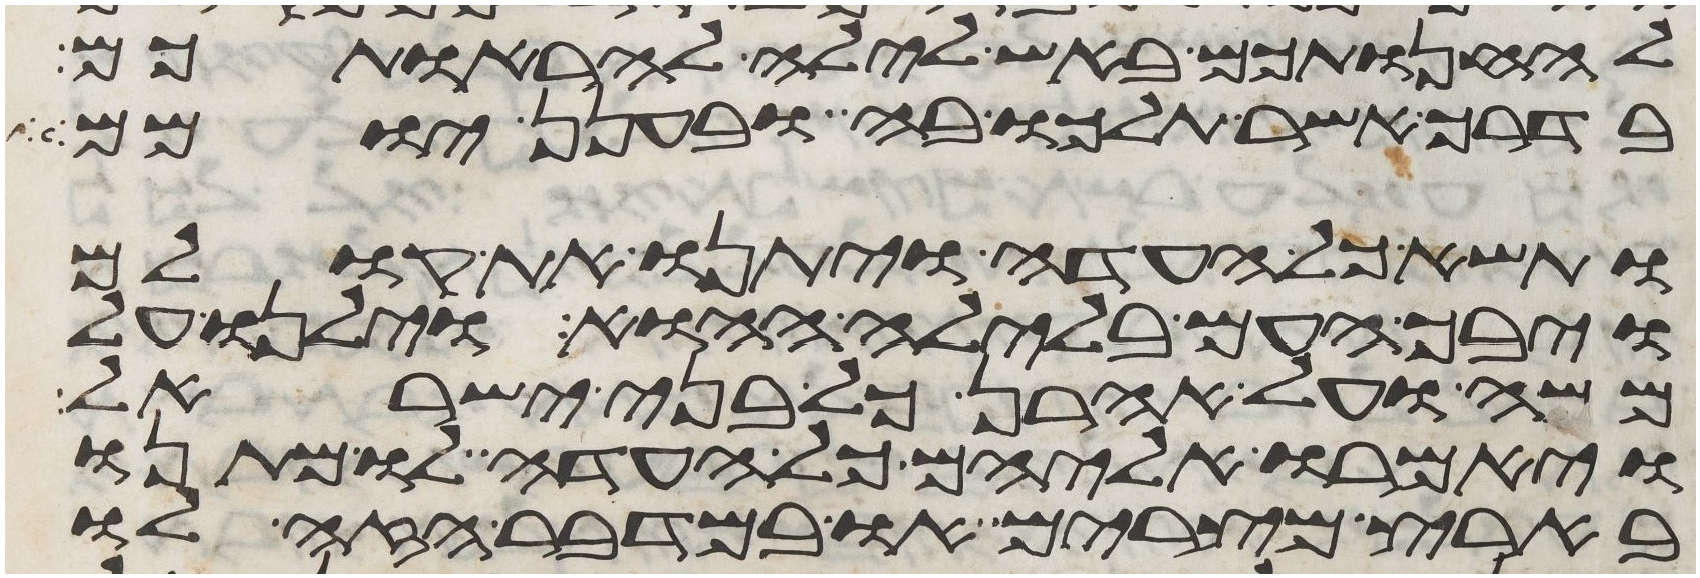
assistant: להחנותכם באש לילה להראותכם
בדרך אשר תלכו בה ובענן יומם
ותשא כל העדה ויתנו את קולם
ויבך העם בלילה ההוא וילנו על
משה ועל אהרן כל בני ישראל
ויאמרו אליהם כל העדה לו מתנו
בארץ מצרים או במדבר הזה לו